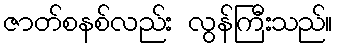
ဇာတ်စနစ်လည်း လွန်ကြီးသည်။